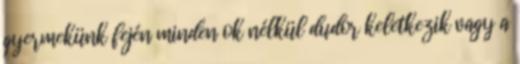
gyermekünk fején minden ok nélkül dudor keletkezik vagy a